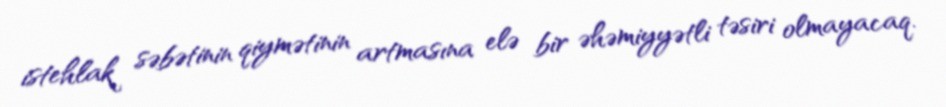
istehlak səbətinin qiymətinin artmasına elə bir əhəmiyyətli təsiri olmayacaq.